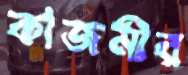
কাজমীর